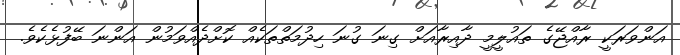
އަންވަރަކީ ރާއްޖޭގެ ތައުލީމީ ދާއިރާއަށް ގިނަ ގުނަ ހިދުމަތްތަކެއް ކޮށްދެއްވަމުން އަންނަ ބޭފުޅެކެވެ.